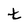
Character: t